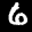
Label: 6